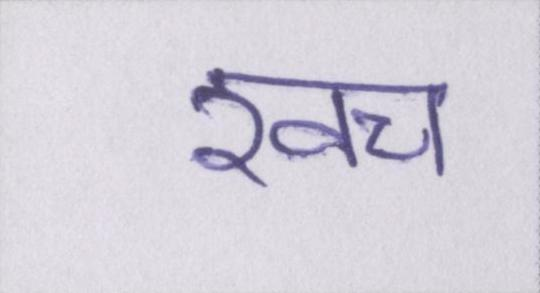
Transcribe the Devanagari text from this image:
खच॔